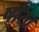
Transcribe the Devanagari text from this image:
षोख